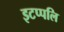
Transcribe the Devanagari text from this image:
इटप्पलि